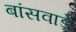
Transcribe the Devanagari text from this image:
बांसवाड़े